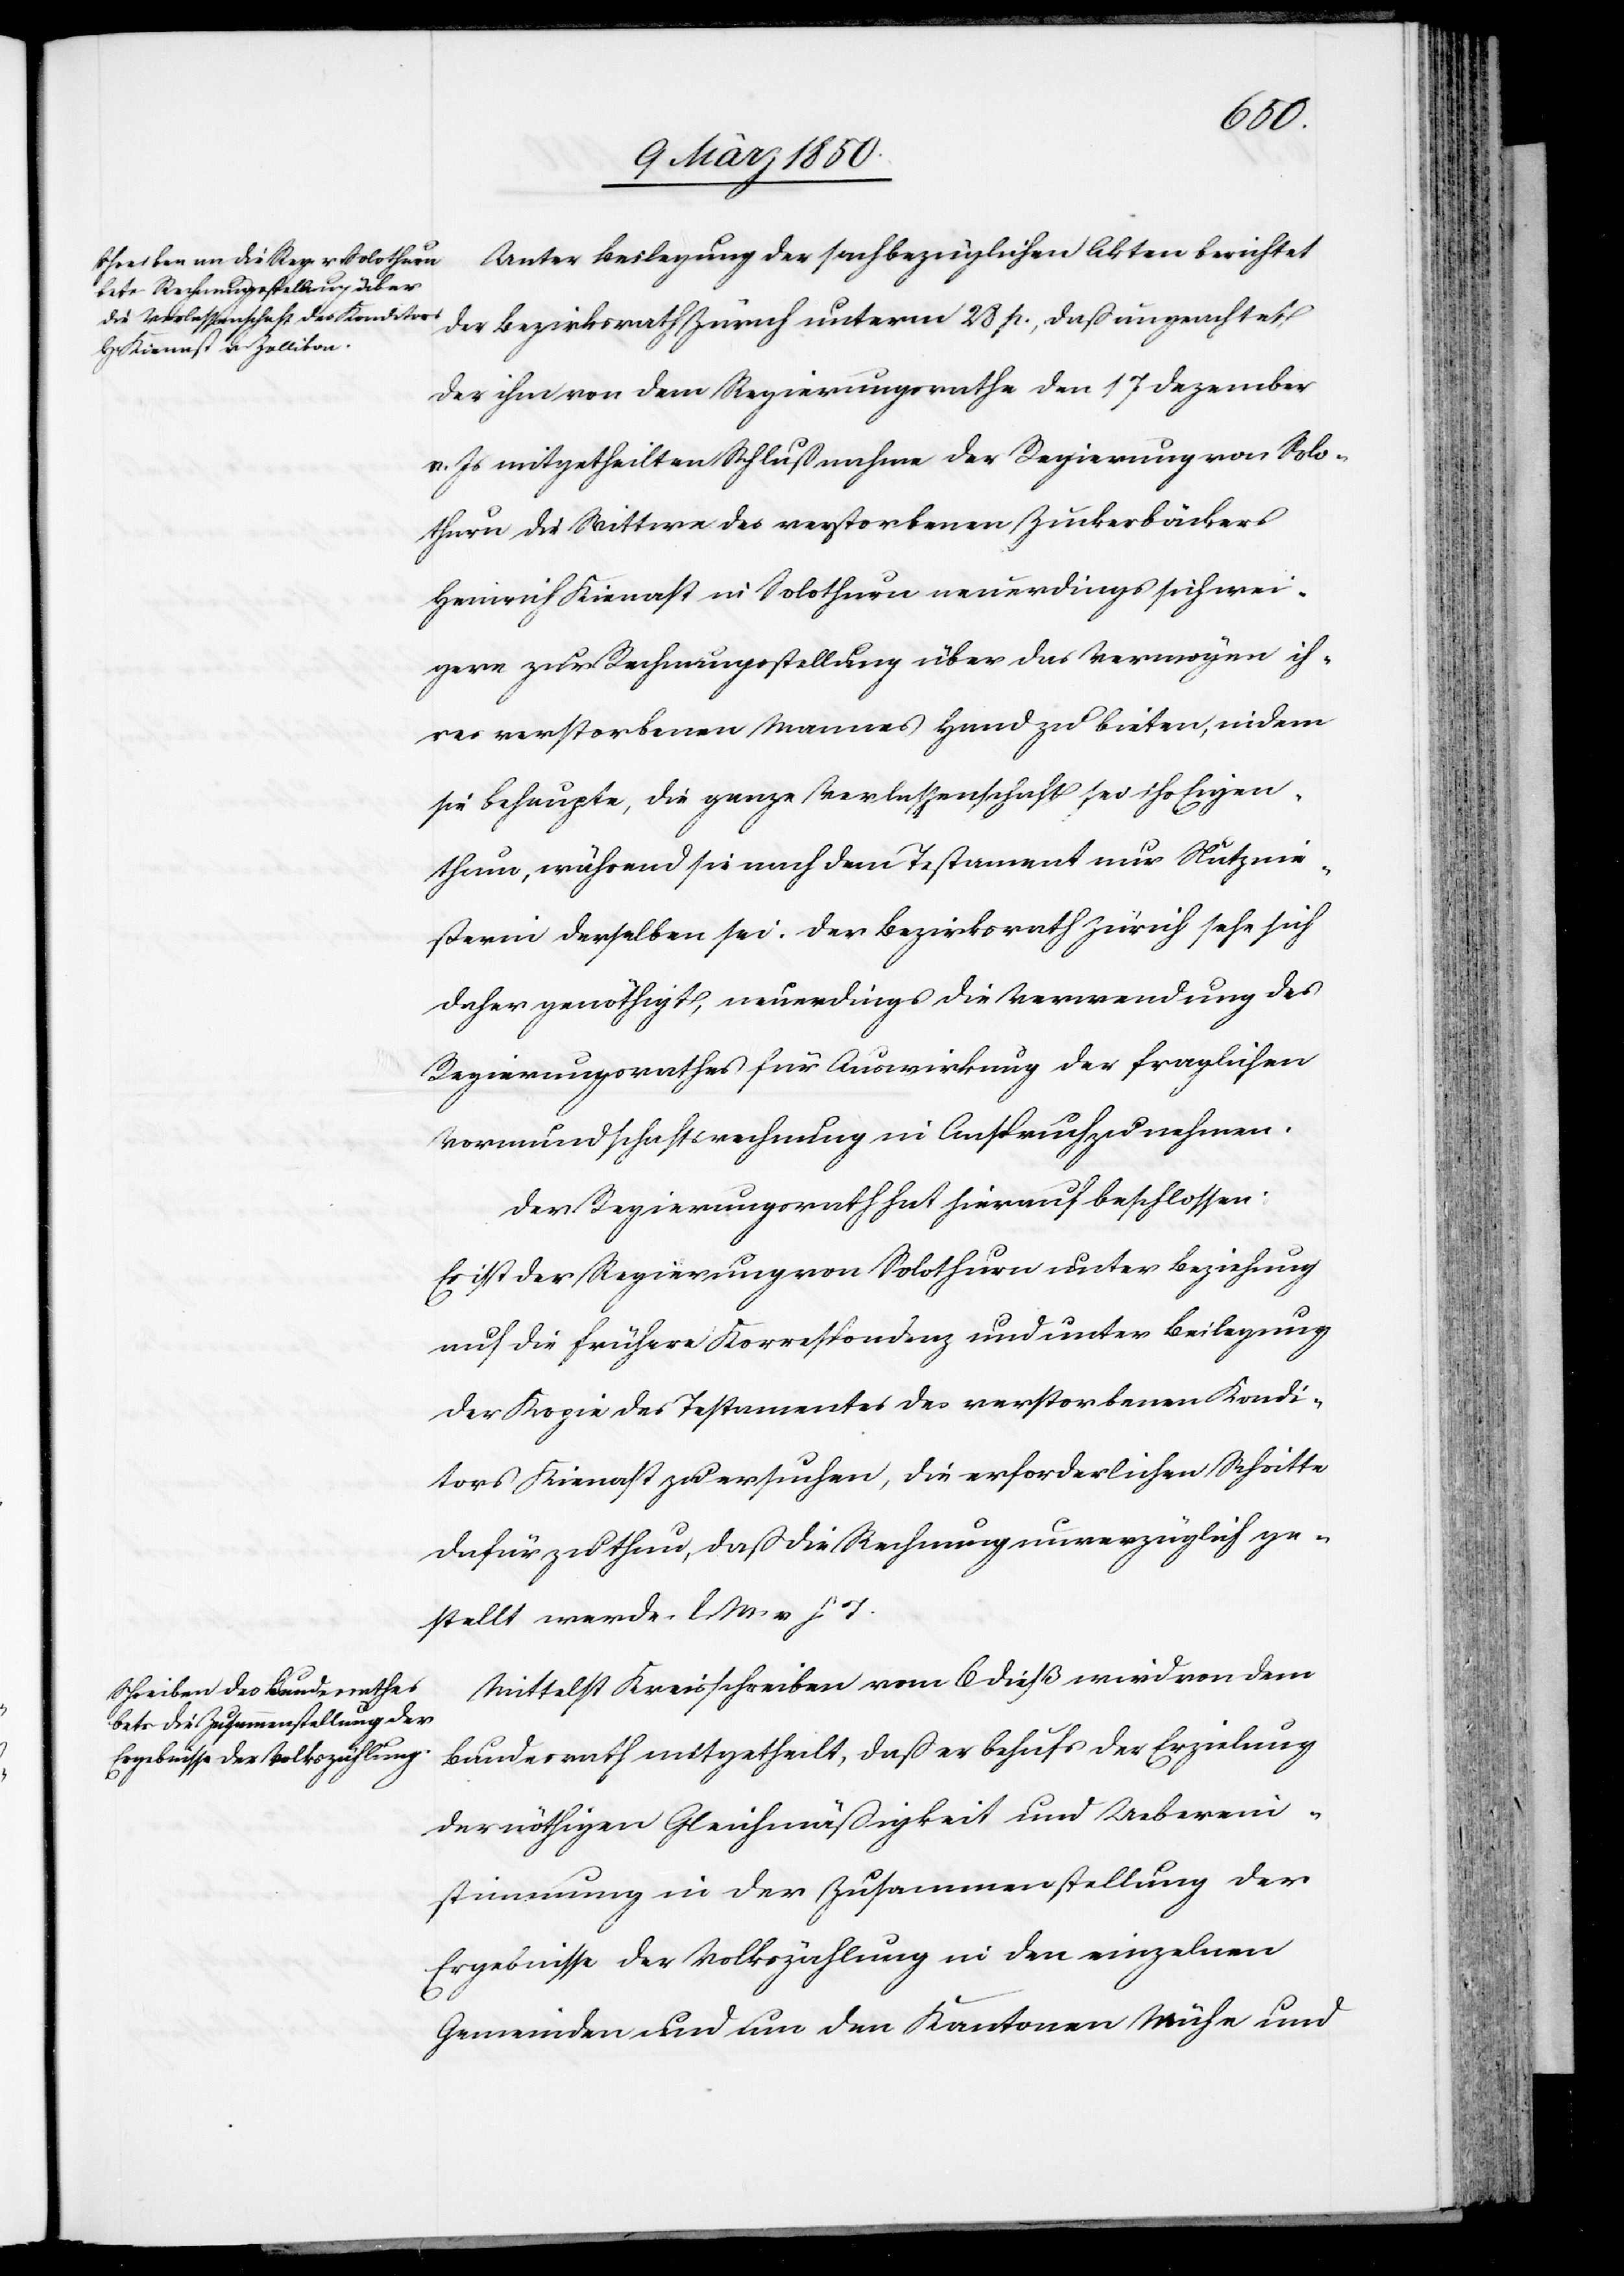
Actum
10 März 1850]
Unter Beilegung der sachbezüglichen Akten berichtet
der Bezirksrath Zürich unterm 28 p., daß ungeachtet
der ihm von dem Regierungsrathe den 17 Dezember
v. Js mitgetheilten Schlußnahme der Regierung von Solo¬
thurn die Wittwe des verstorbenen Zuckerbäckers
Heinrich Kienast in Solothurn neuerdings sich wei¬
gere zur Rechnungsstellung über das Vermögen ih¬
res verstorbenen Mannes Hand zu bieten, indem
sie behaupte, die ganze Verlassenschaft sei ihr Eigen¬
thum, während sie nach dem Testament nur Nutznie¬
ßerin derselben sei. Der Bezirksrath Zürich sehe sich
daher genöthigt, neuerdings die Verwendung des
Regierungsrathes für Auswirkung der fraglichen
Vormundschaftsrechnung in Anspruch zu nehmen.
Der Regierungsrath hat hierauf beschlossen:
auf die frühere Korrespondenz und unter Beilegung
der Kopie des Testamentes des verstorbenen Kondi¬
tors Kienast zu ersuchen, die erforderlichen Schritte
dafür zu thun, daß die Rechnung unverzüglich ge¬
stellt werde. l. M. v. h. T.
Mittelst Kreisschreiben vom 6 dieß wird von dem
Bundesrath mitgetheilt, daß er behufs der Erzielung
der nöthigen Gleichmäßigkeit und Ueberein¬
stimmung in der Zusammenstellung der
Ergebnisse der Volkszählung in den einzelnen
Gemeinden und um den Kantonen Mühe und